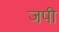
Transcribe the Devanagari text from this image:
जपी